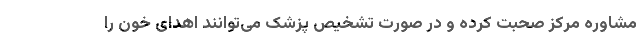
مشاوره مرکز صحبت کرده و در صورت تشخیص پزشک می‌توانند اهدای خون را